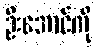
ဦးအောင်ကို